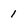
Character: 1